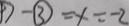
D - \textcircled { 3 } = x = - 2